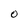
Character: O